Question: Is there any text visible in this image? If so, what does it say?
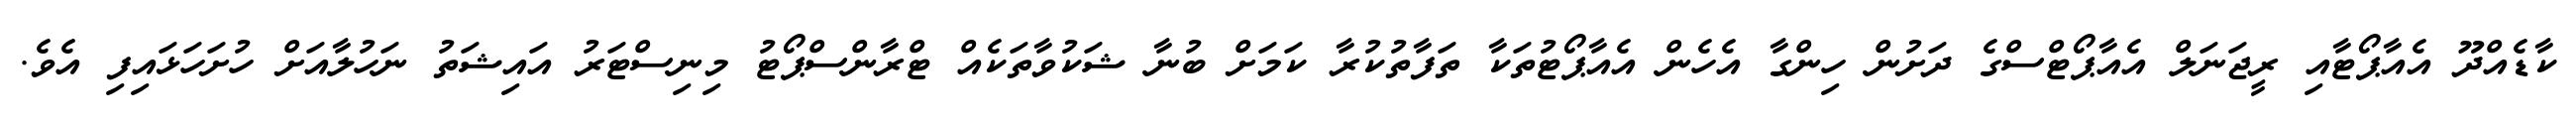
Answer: ކާޑެއްދޫ އެއާޕޯޓާއި ރީޖަނަލް އެއާޕޯޓްސްގެ ދަށުން ހިންގާ އެހެން އެއާޕޯޓުތަކާ ތަފާތުކުރާ ކަމަށް ބުނާ ޝަކުވާތަކެއް ޓްރާންސްޕޯޓު މިނިސްޓަރު އައިޝަތު ނަހުލާއަށް ހުށަހަޅައިފި އެވެ.